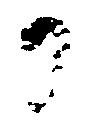
日